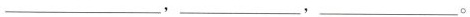
___，___，___。